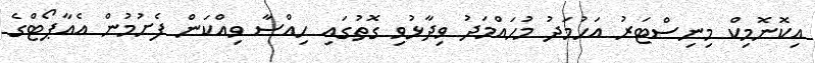
އިކޮނޮމިކް މިނިސްޓަރު އަހުމަދު މުހައްމަދު ވިދާޅުވި ގޮތުގައި ހިއްސާ ވިއްކަން ފެށުމުން އެއާޕޯޓްގެ